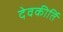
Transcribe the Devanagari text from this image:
देवकीर्ति